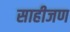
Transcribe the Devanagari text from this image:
साहीजण